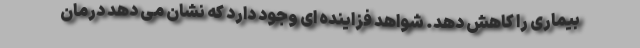
بیماری را کاهش دهد. شواهد فزاینده ای وجود دارد که نشان می دهد درمان